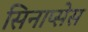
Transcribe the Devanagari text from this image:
सिनाप्सेस